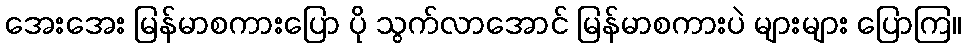
အေးအေး မြန်မာစကားပြော ပို သွက်လာအောင် မြန်မာစကားပဲ များများ ပြောကြ။